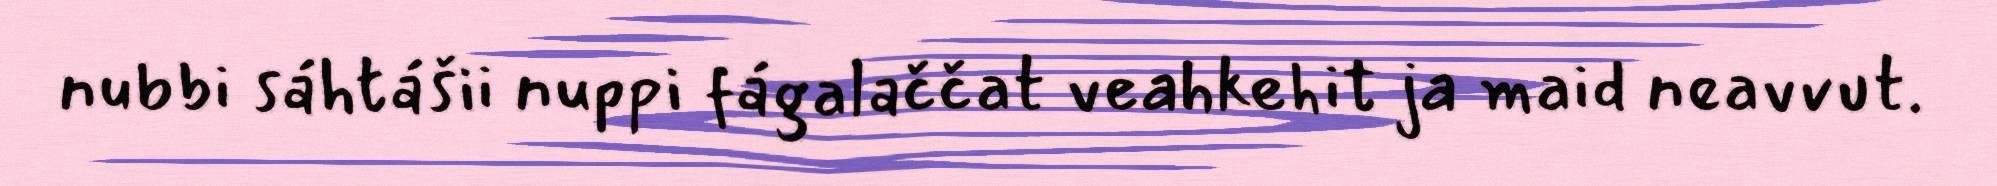
nubbi sáhtášii nuppi fágalaččat veahkehit ja maid neavvut.